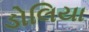
ડોલિયા